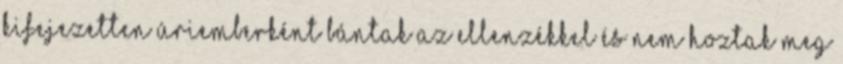
kifejezetten úriemberként bántak az ellenzékkel és nem hoztak meg